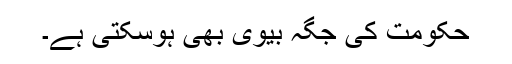
حکومت کی جگہ بیوی بھی ہوسکتی ہے۔